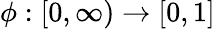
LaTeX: \phi:[0,\infty)\rightarrow[0,1]